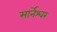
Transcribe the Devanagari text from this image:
सार्नेश्वर